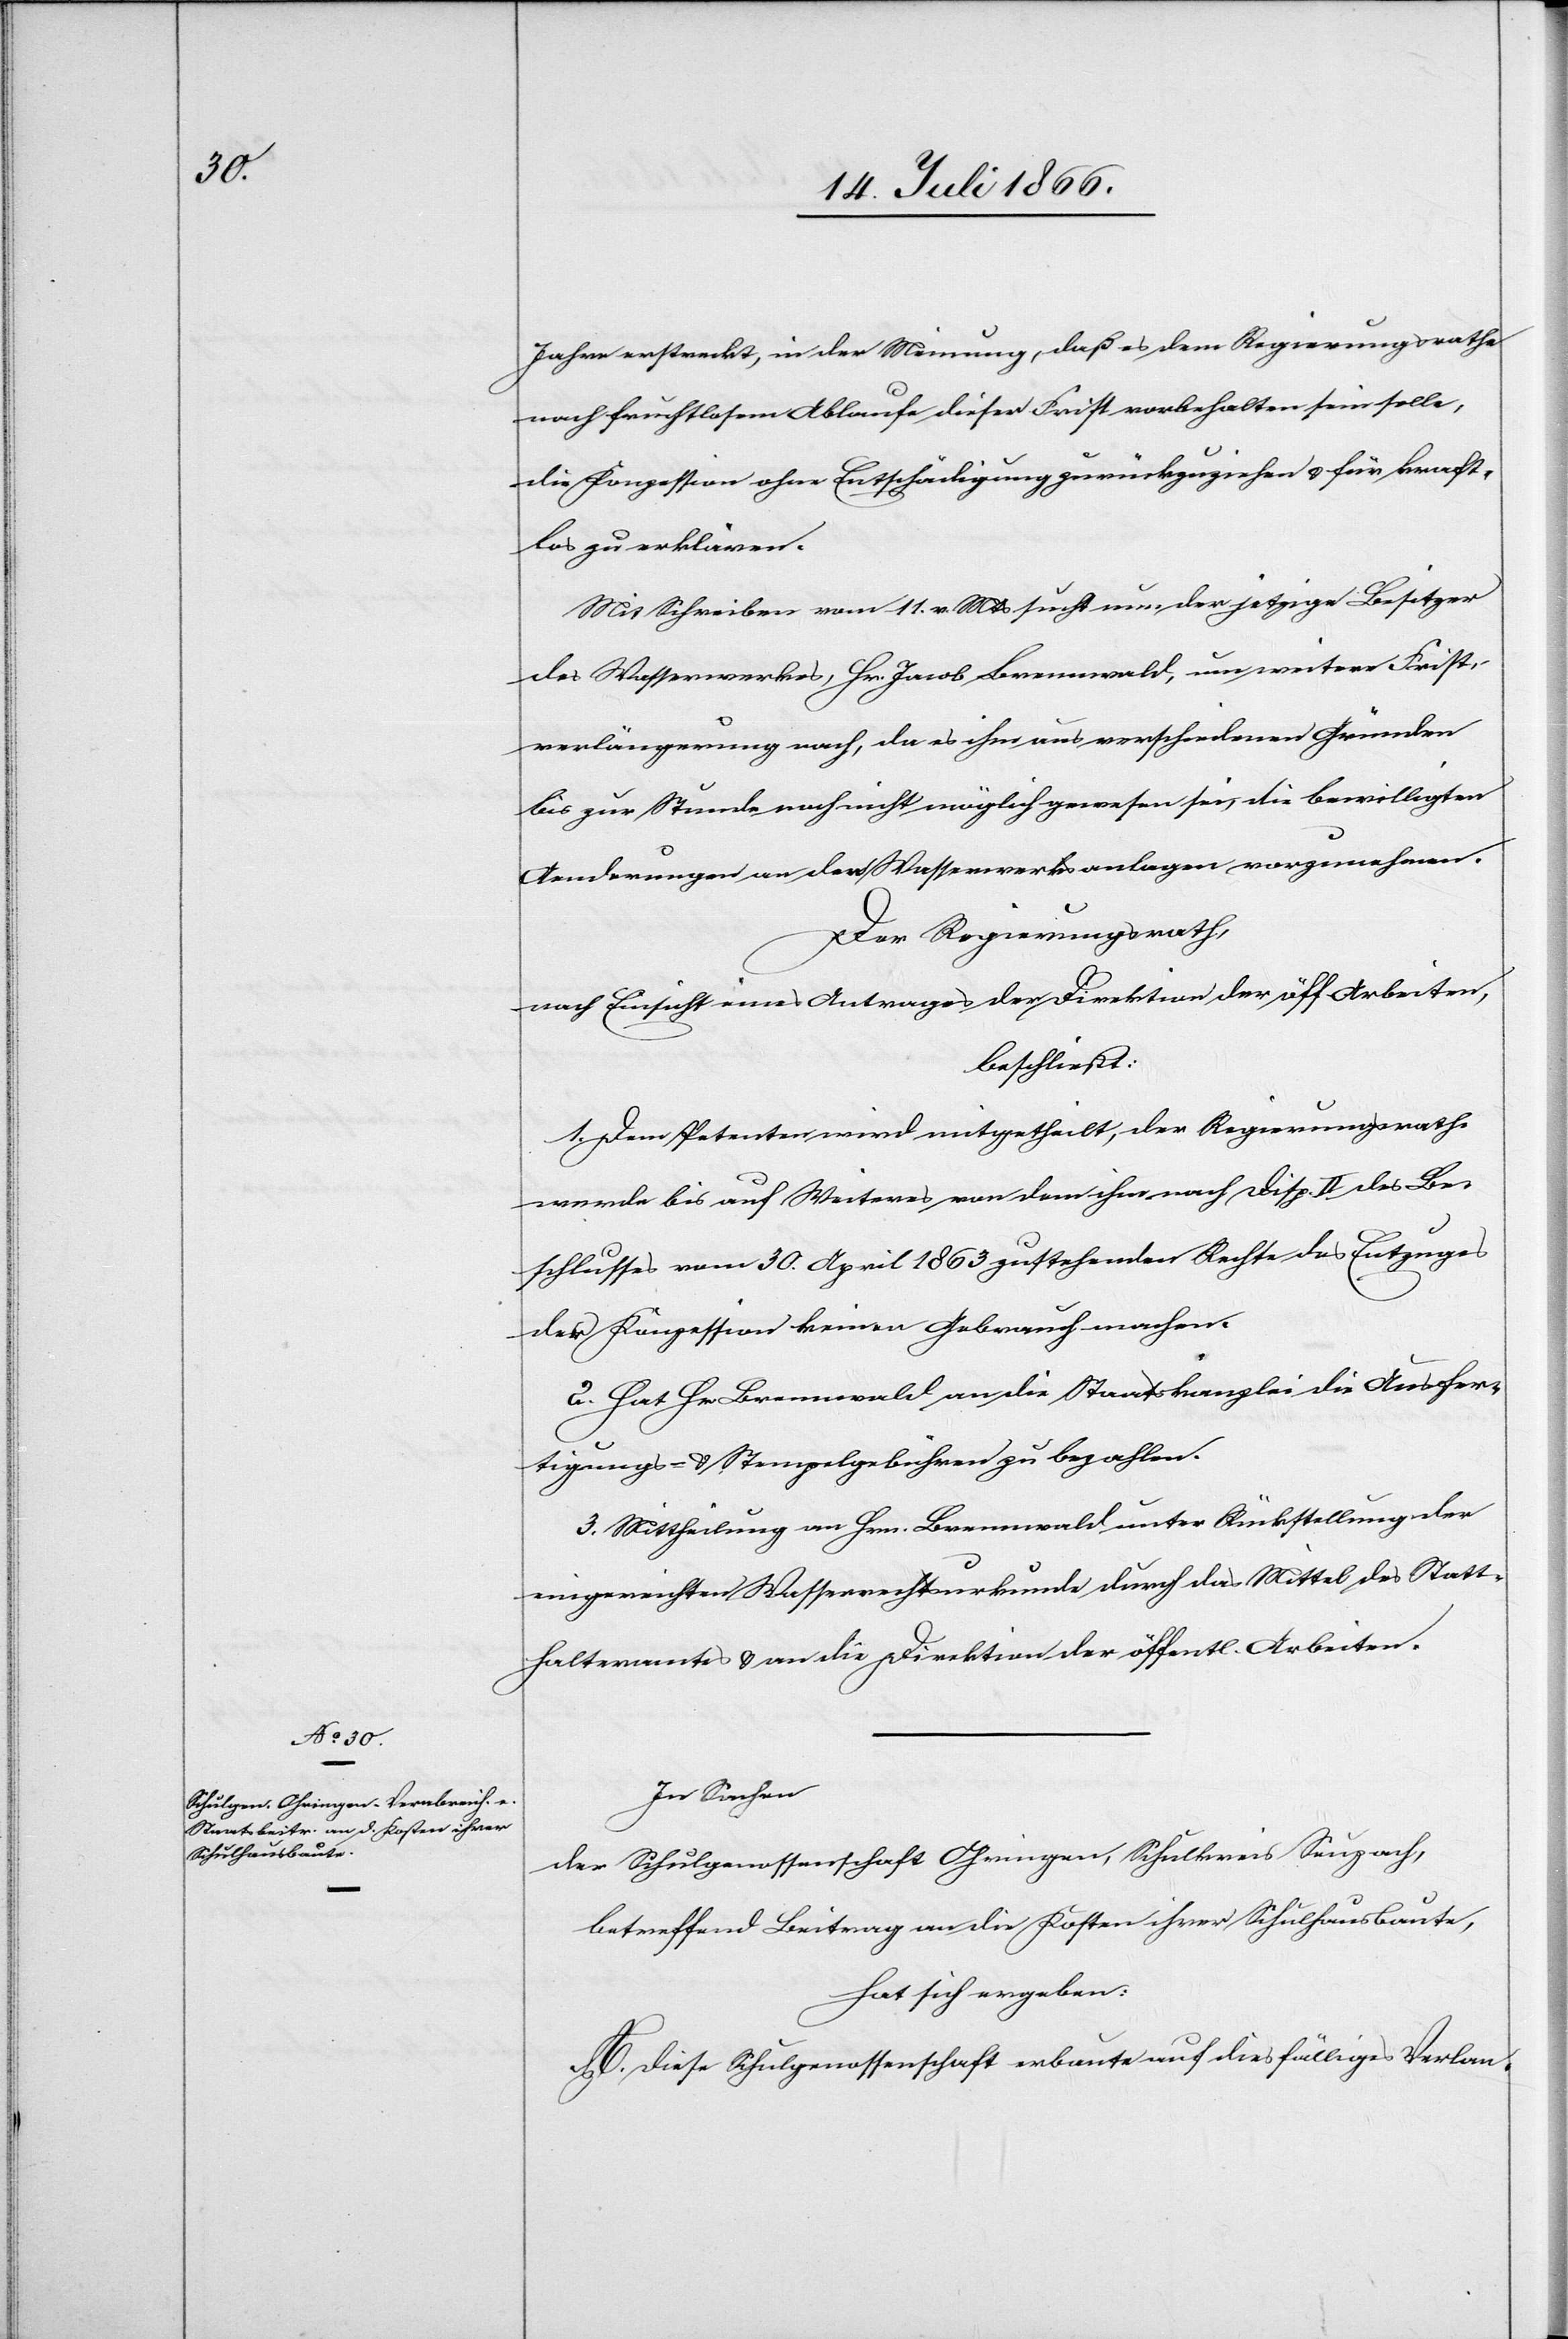
Jahre erstreckt, in der Meinung, daß es dem Regierungsrathe
nach fruchtlosem Ablaufe dieser Frist vorbehalten sein solle,
die Konzession ohne Entschädigung zurückzuziehen u. für kraft¬
los zu erklären.
Mit Schreiben vom 11. v. Mts. sucht nun der jetzige Besitzer
des Wasserwerkes, Hr. Jacob Brennwald, um weitere First¬
verlängerung nach, da es ihm aus verschiedenen Gründen
bis zur Stunde noch nicht möglich gewesen sei, die bewilligten
Aenderungen an den Wasserwerksanlagen vorzunehmen.
Der Regierungsrath,
nach Einsicht eines Antrages der Direktion der öff. Arbeiten,
beschließt:
1. Dem Petenten wird mitgetheilt, der Regierungsrath
werde bis auf Weiteres von dem ihm nach Disp. II des Be¬
schlusses vom 30. April 1863 zustehenden Rechte des Entzuges
der Konzession keinen Gebrauch machen.
2. Hat Hr. Brennwald an die Staatskanzlei die Ausfer¬
tigungs- u. Stempelgebühren zu bezahlen.
3. Mittheilung an Hrn. Brennwald unter Rückstellung der
eingereichten Wasserrechtsurkunde durch das Mittel des Statt¬
halteramts u. an die Direktion der öffentl. Arbeiten.
In Sachen
der Schulgenossenschaft Ohringen, Schulkreis Seuzach,
betreffend Beitrag an die Kosten ihrer Schulhausbaute,
hat sich ergeben:
A. diese Schulgenossenschaft erbaute auf diesfälliges Verlan-